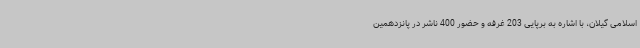
اسلامی گیلان، با اشاره به برپایی 203 غرفه و حضور 400 ناشر در پانزدهمین